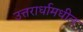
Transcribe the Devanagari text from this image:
उत्तरार्धामधील